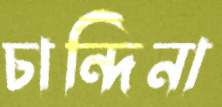
চান্দিনা